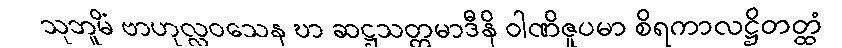
သုဘူမိံ ဗာဟုလ္လဝသေန ဎာ ဆဋ္ဌသတ္တမာဒီနိ ဝါဏိဇူပမာ စိရကာလဋ္ဌိတတ္ထံ